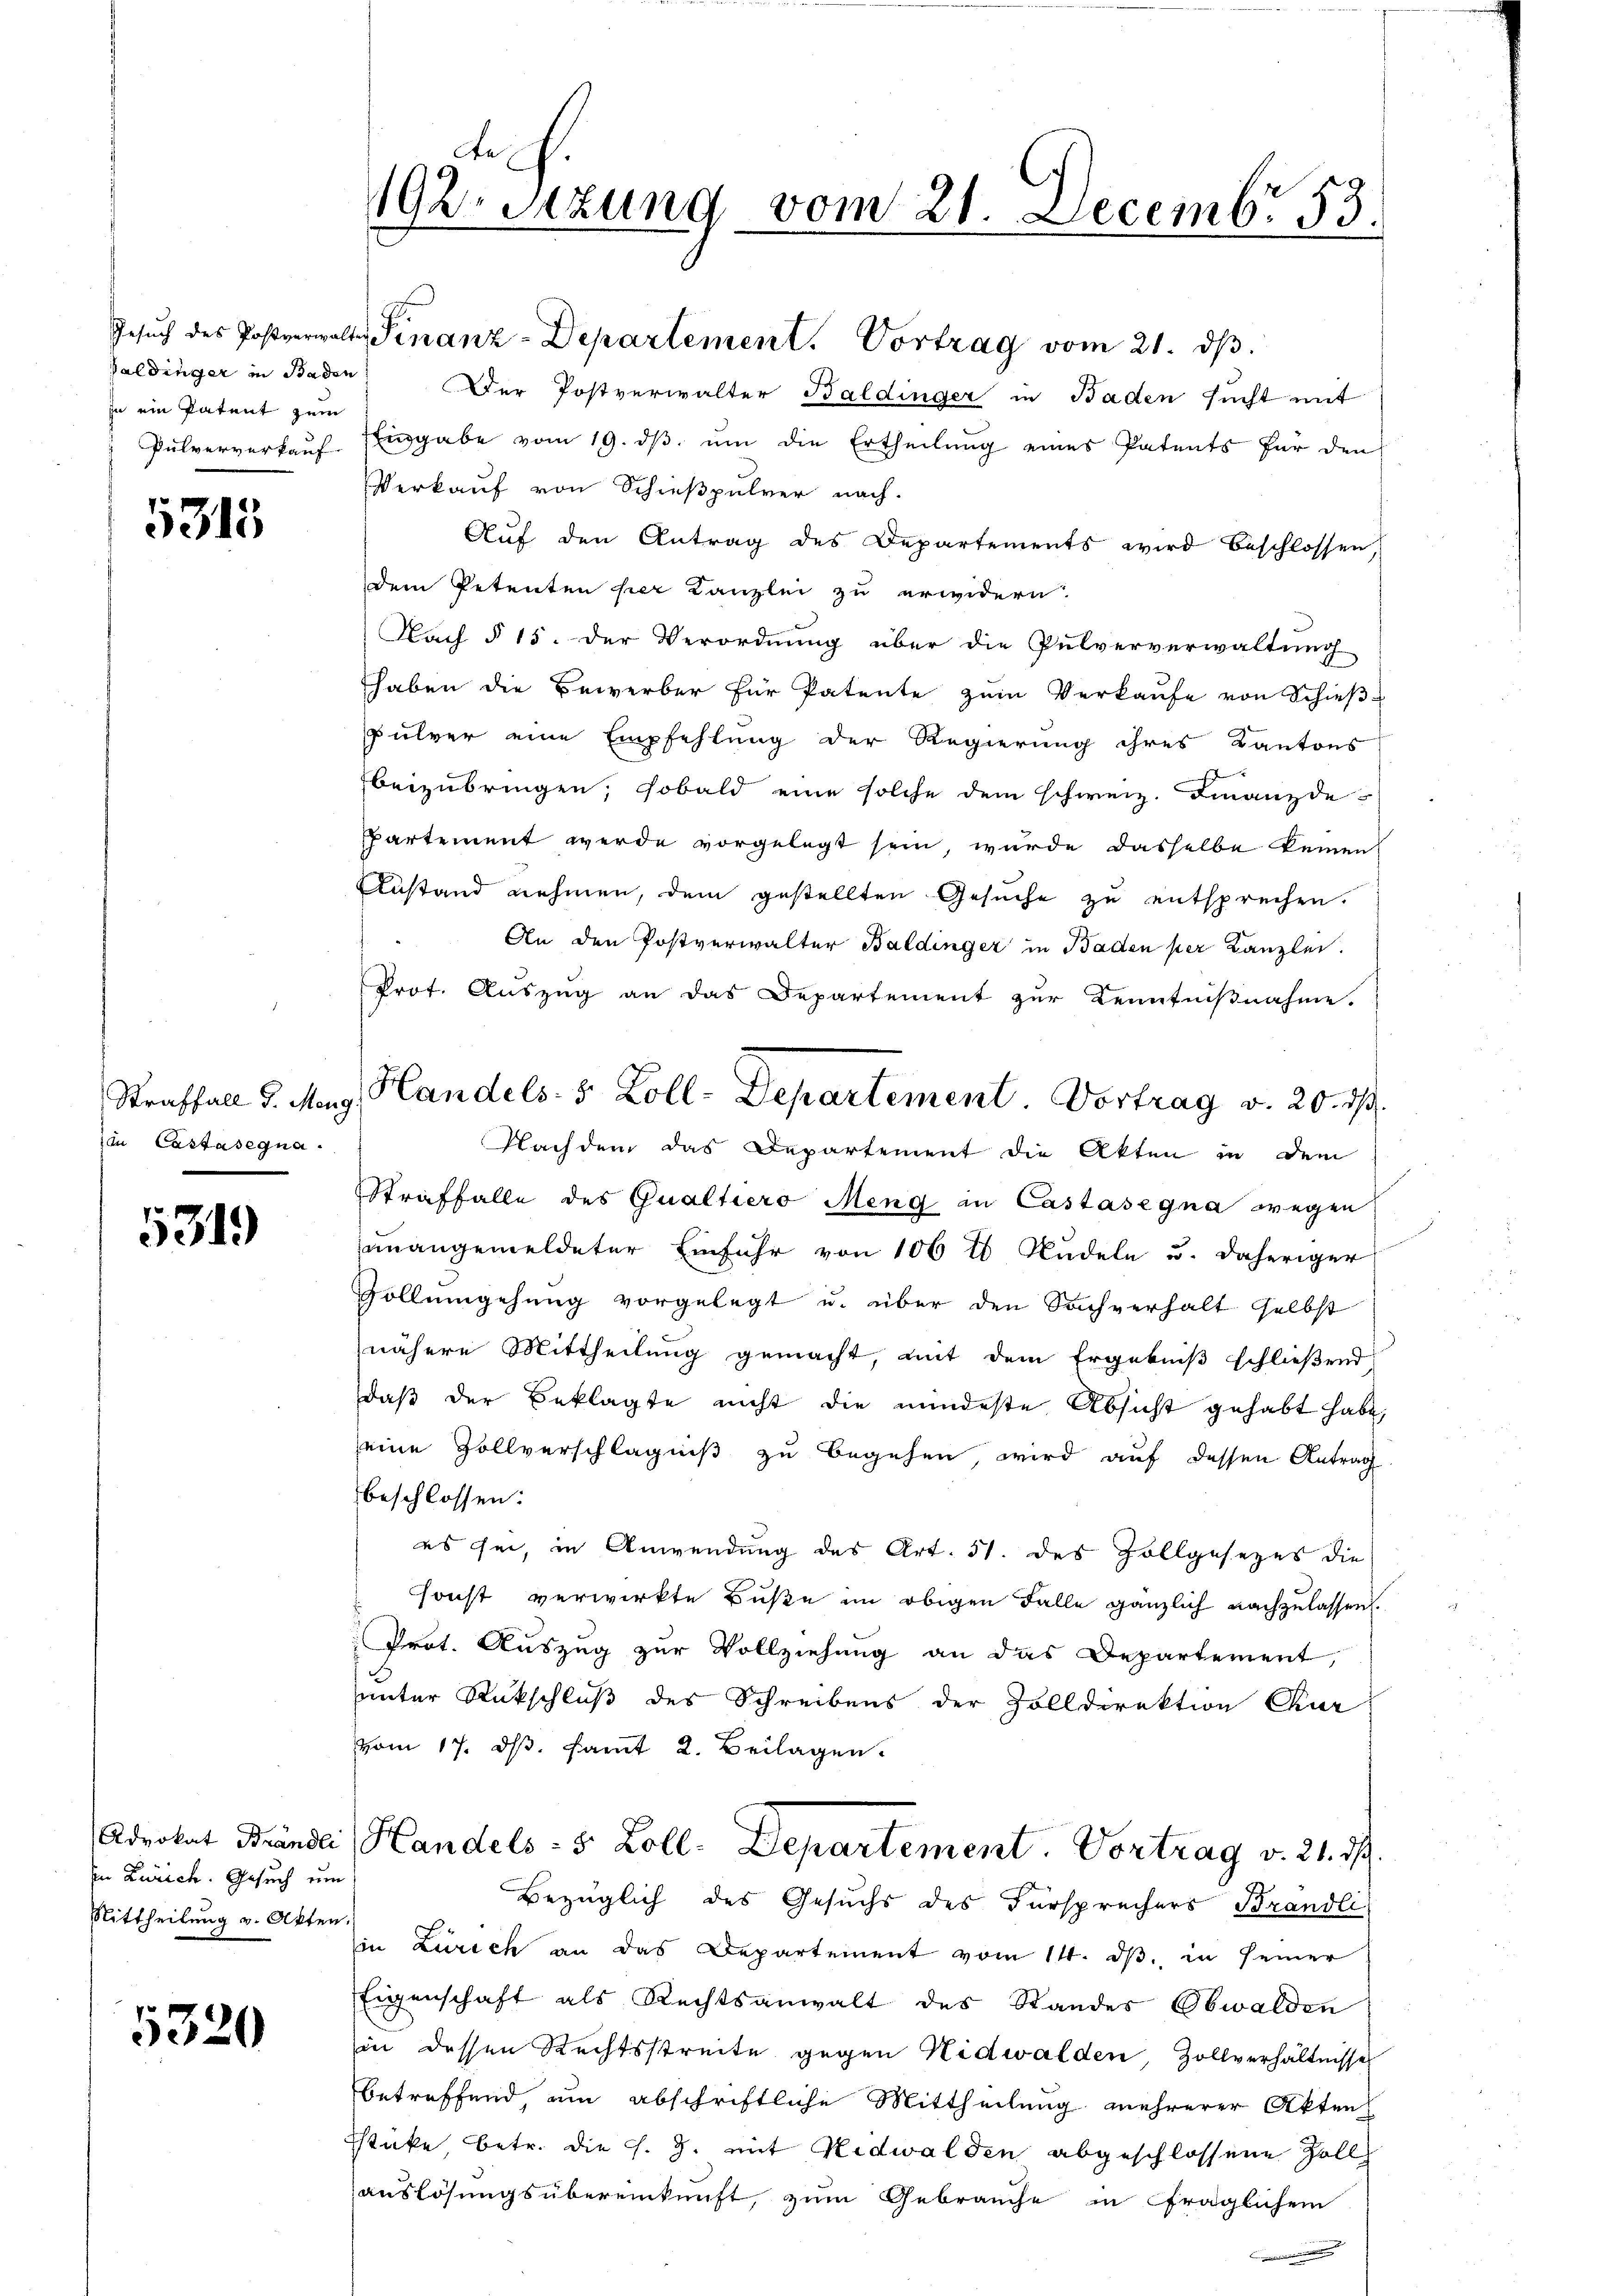
in ein Patent zum

5315

in Castasegna

5319

In Zürich. Gesuch um
Mittheilung v. Akten.

5320

Galdinger in Baden) Der Postverwalter Baldinger in Baden sucht mit
Pulververkaŭf Eingabe vom 19. dβ ŭm die Ertheilŭng eines Patents für den
Verkauf von Schießpulver nach.
Auf den Antrag des Departements wird beschlossen,
dem Petenten her Kanzlei zu erwidern.
Nach § 15. der Verordnung über die Pulververwaltung
haben die Bewerber für Patente zum Verkaufe von Schieß
Pulver eine Empfehlung der Regierung ihres Kantons
beizubringen, sobald eine solche dem schweiz. Finanzde-
ppartement werde vorgelegt sein, wurde dasselbe keinen
Anstand nehmen, dem gestellten Gesuche zu entsprechen.
An den Postverwalter Baldinger in Baden per Kanzlei.
Prot. Auszug an das Departement zur Kenntnißnahme.
Nachdem das Departement die Akten in dem
Straffalle des Qualtiero Meng in Castasegna wegen
unangemeldeter Einfuhr von 106 10 Studeln u. daheriger
Gollumgehung vorgelegt u. über den Sachverhalt selbst
nähere Mittheilung gemacht, mit dem Ergebniß schließend
daß der Beklagte nicht die mindeste Absicht gehabt habe,
eine Zollverschlägniß zu begehen, wird auf dessen Antrag
beschlossen:
es sei, in Anwendung des Art. 51. des Zollgesezes die
 sonst verwirkte Buße im obigen Falle gänzlich nachzulassen.
Prot. Auszug zur Vollziehung an das Departement,
uinter Rückschluß des Schreibens der Zolldirektion Chur
vom 17. dβ. samt 2. Beilagen.
Advokat Brände Handels- 5 Zoll. Departement. Vortrag v. 21. d.
Bezüglich des Gesuchs des Fürsprechers Brandli
Ein Zürich an das Departement vom 14. dβ. in seiner
Eigenschaft als Rechtsanwalt des Standes Obwalden
in dessen Rechtsstreite gegen Nidwalden, Zollverhältnisse
betreffend, um abschriftliche Mittheilung mehrerer Akten
Estücke, betr. die s. Z. mit Nidwalden abgeschlossene Zoll
auslösungsübereinkunft, zum Gebrauche in fraglichem

192. Sitzung vom 21. Decembr. 83.

Gesŭch des Postverwalter Finanz-Departement. Vortrag vom 21. dβ.

Straffall d. Mag. Handels- & Zoll-Departement. Vortrag v. 20. ds.